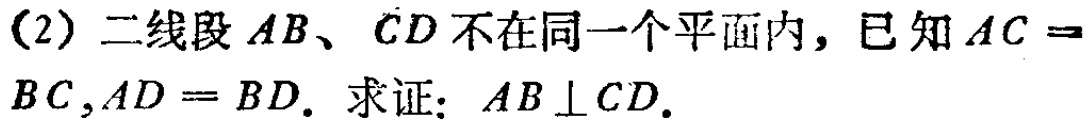
(2) 二线段 \(AB、CD\) 不在同一个平面内，已知 \(AC = BC,AD = BD.\) 求证：\(AB\perp CD.\)